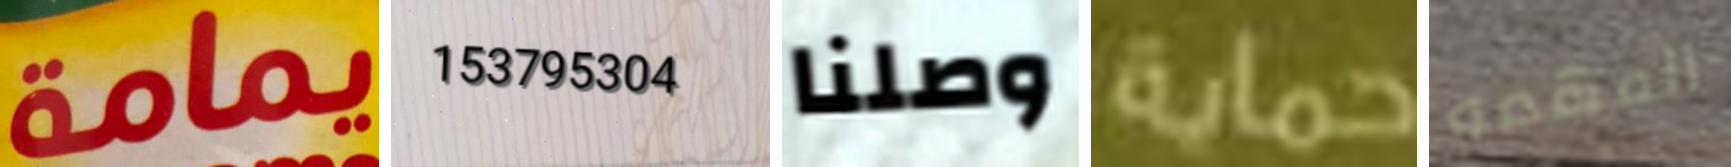
يمامة 153795304 وصلنا حماية المهمه